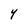
Character: Y